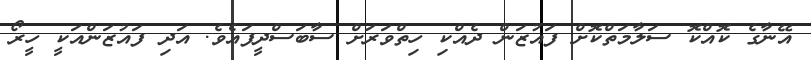
އޭނާގެ ކޮއްކޮ ސަލާމަތްކޮށް ފައުޒަން ދެއްކި ހިތްވަރަށް ސާބަސްދީފައެވެ. އަދި ފައުޒަންއަކީ ހީރޯ